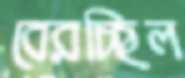
বেরচ্ছিল